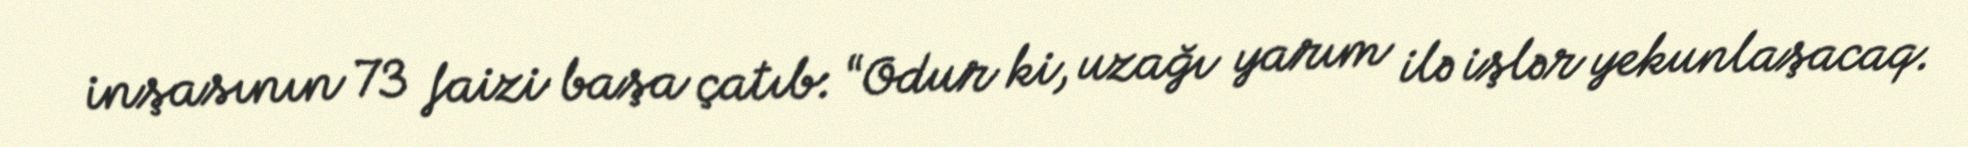
inşasının 73 faizi başa çatıb: “Odur ki, uzağı yarım ilə işlər yekunlaşacaq.